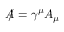
A \! \! \! / = \gamma ^ { \mu } A _ { \mu }